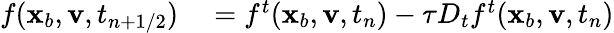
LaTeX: \begin{array}{rl}{f(\mathbf x_{b},\mathbf v,t_{n+1/2})}&{{}=f^{t}(\mathbf x_{b},\mathbf v,t_{n})-\tau D_{t}f^{t}(\mathbf x_{b},\mathbf v,t_{n})}\end{array}